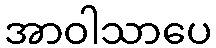
အာဝါသာပေ